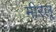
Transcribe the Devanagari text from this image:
मीरलू